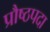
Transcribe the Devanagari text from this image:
प्रौष्ठपदा